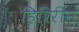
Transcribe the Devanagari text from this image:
हिरिरीनं